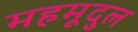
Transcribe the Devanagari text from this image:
महमूदुल